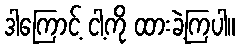
ဒါကြောင့် ငါ့ကို ထားခဲ့ကြပါ။